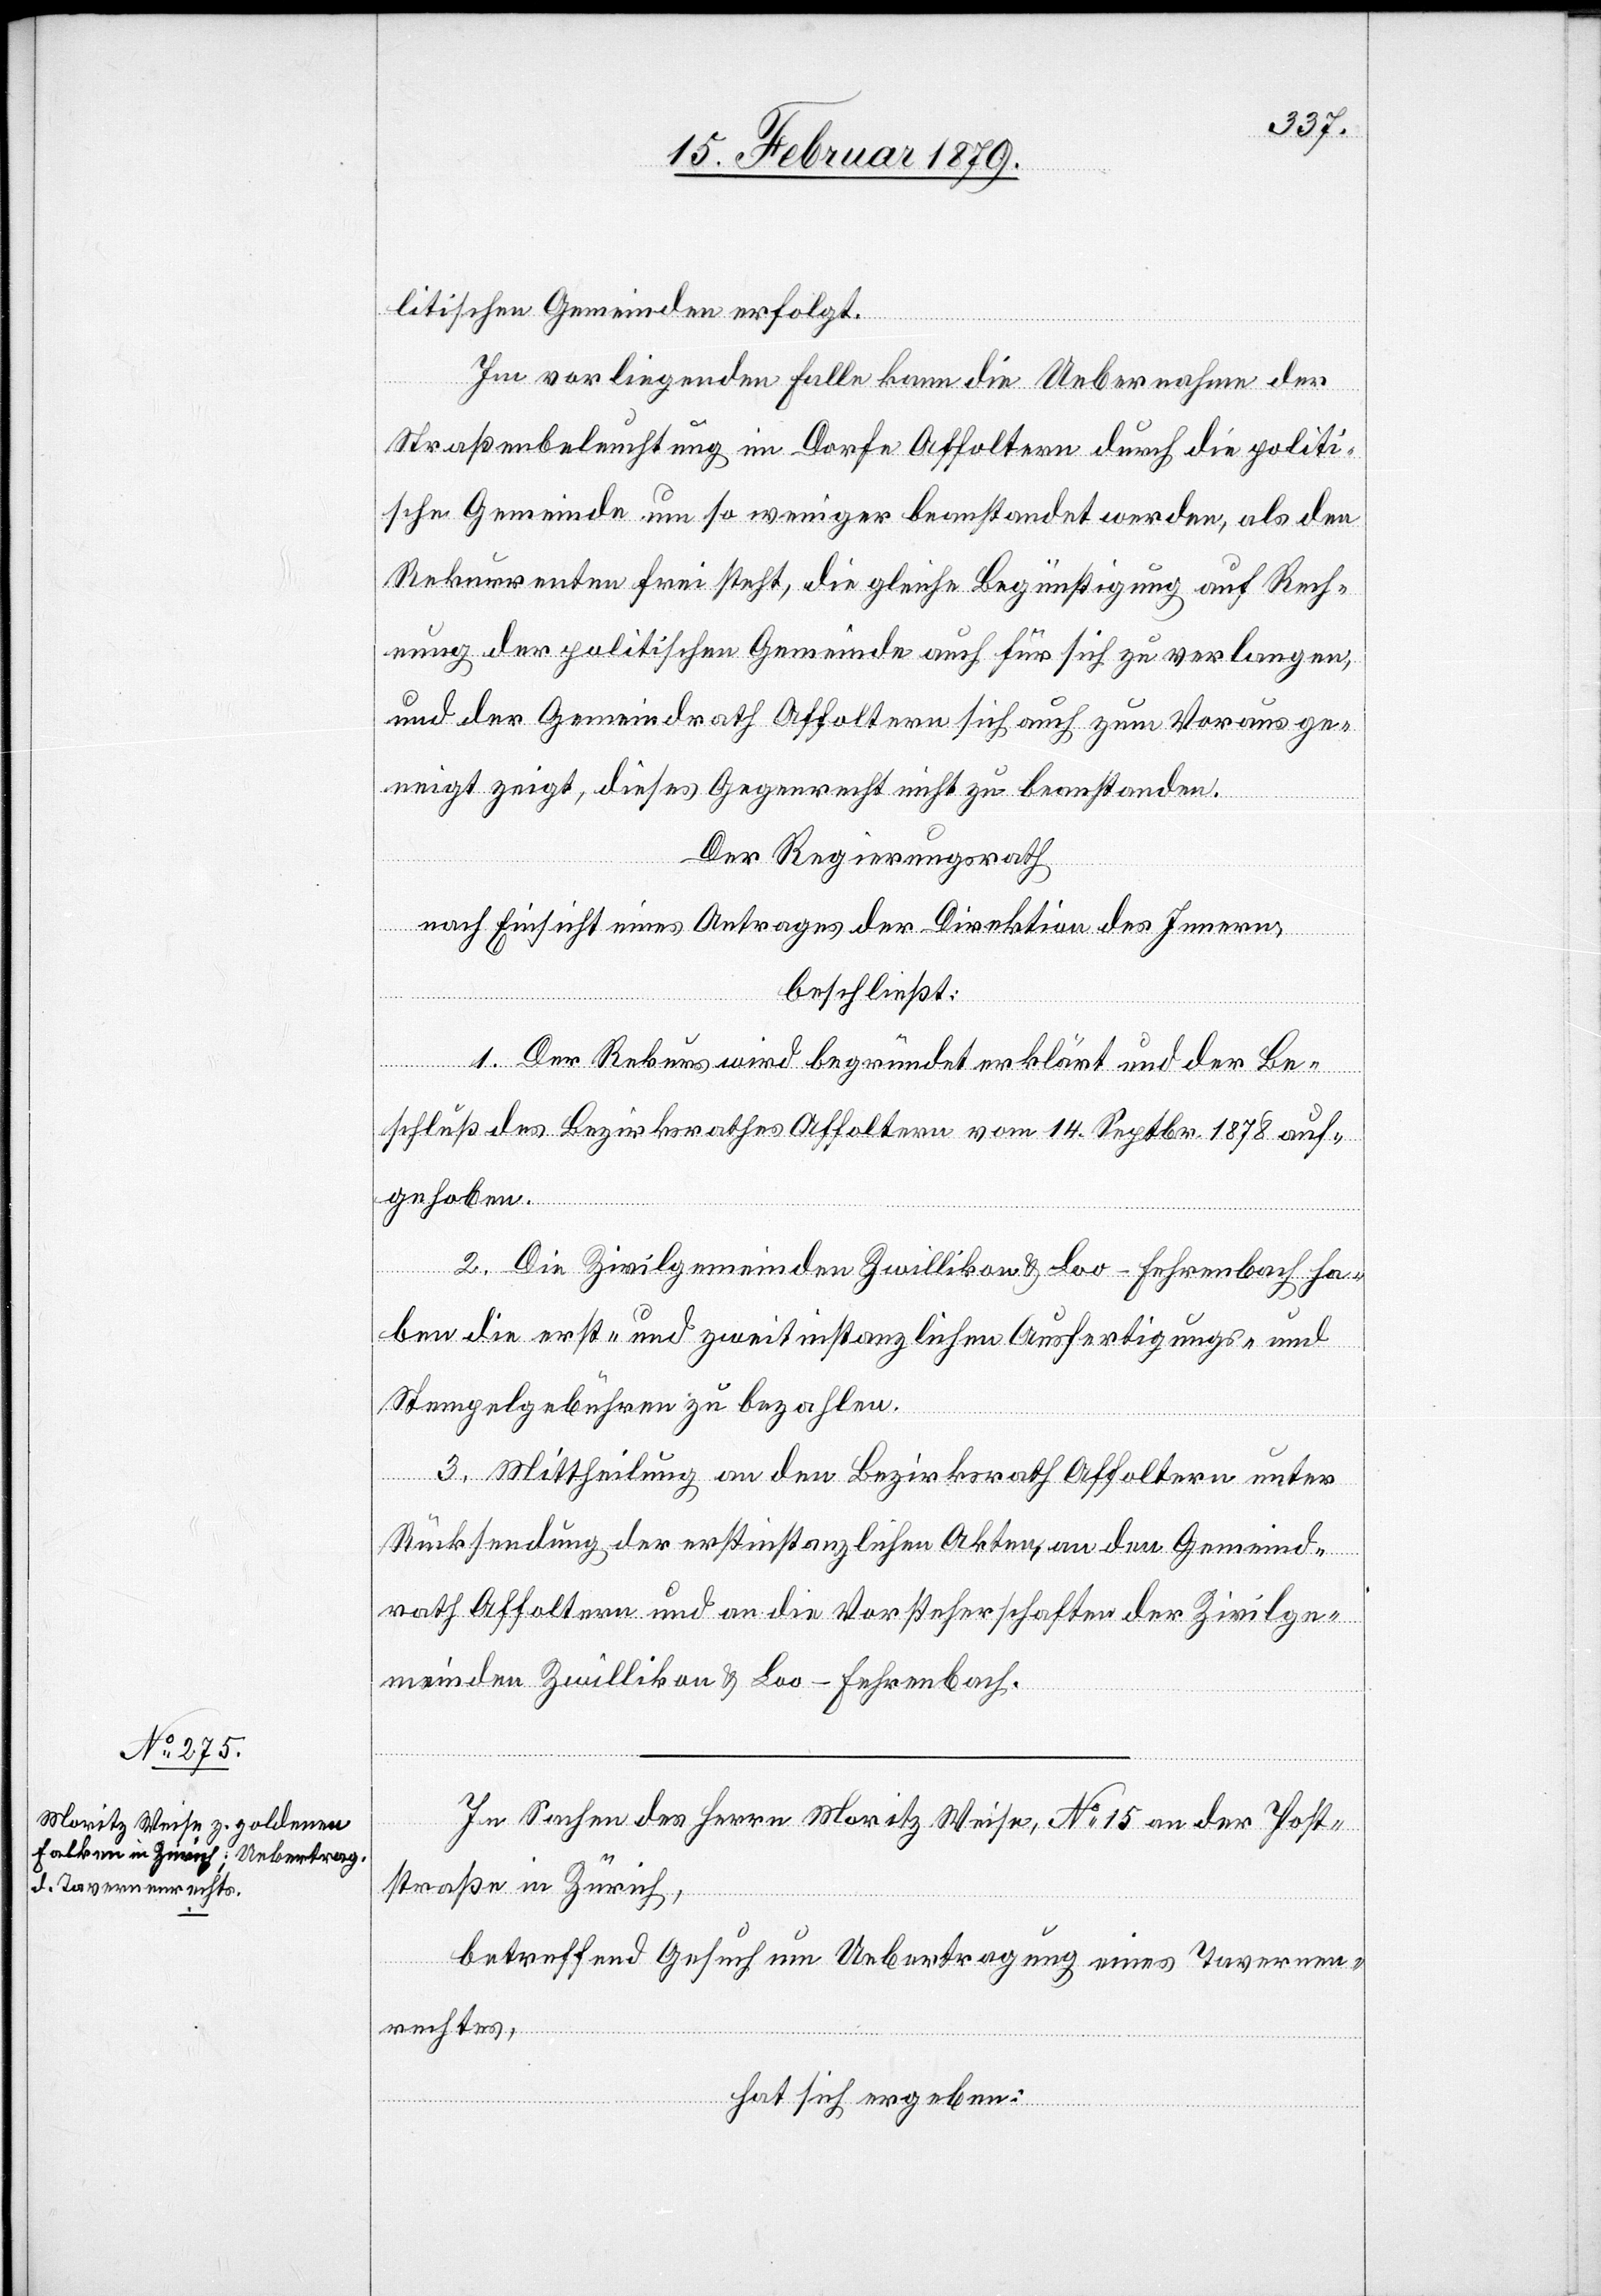
litischen Gemeinden erfolgt.
Im vorliegenden Falle kann die Uebernahme der
Straßenbeleuchtung im Dorfe Affoltern durch die politi¬
sche Gemeinde um so weniger beanstandet werden, als den
Rekurrenten frei steht, die gleiche Begünstigung auf Rech¬
nung der politischen Gemeinde auch für sich zu verlangen,
und der Gemeindrath Affoltern sich auch zum Voraus ge¬
neigt zeigt, dieses Gegenrecht nicht zu beanstanden.
Der Regierungsrath
nach Einsicht eines Antrages der Direktion des Innern,
beschließt:
1. Der Rekurs wird begründet erklärt und der Be¬
schluß des Bezirksrathes Affoltern vom 14. Septbr. 1878 auf¬
gehoben.
2. Die Zivilgemeinden Zwillikon & Loo-Fehrenbach ha¬
ben die erst- und zweitinstanzlichen Ausfertigungs- und
Stempelgebühren zu bezahlen.
3. Mittheilung an den Bezirksrath Affoltern unter
Rücksendung der erstinstanzlichen Akten, an den Gemeind¬
rath Affoltern und an die Vorsteherschaften der Zivilge¬
meinden Zwillikon & Loo-Fehrenbach.
In Sachen des Herrn Moritz Weise, No 15 an der Post¬
straße in Zürich,
betreffend Gesuch um Uebertragung eines Tavernen¬
rechtes,
hat sich ergeben: